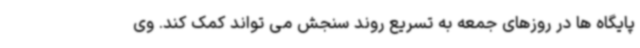
پایگاه ها در روزهای جمعه به تسریع روند سنجش می تواند کمک کند. وی